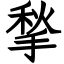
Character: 揫